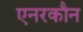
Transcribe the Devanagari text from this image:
एनरकौन